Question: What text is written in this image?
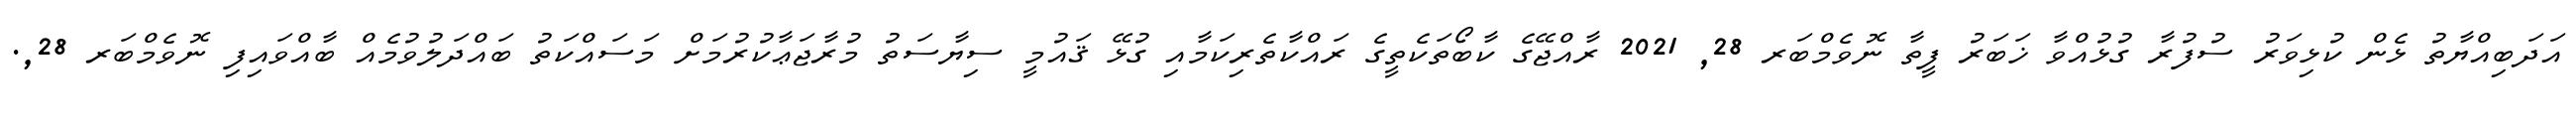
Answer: އަދަބިއްޔާތު ޅެން ކުޅިވަރު ސުފުރާ ގުޅުއްވާ ޚަބަރު ފީތާ ނޮވެމްބަރ 28, 2021 ރާއްޖޭގެ ކާބޯތަކެތީގެ ރައްކާތެރިކަމާއި ގުޅޭ ޤައުމީ ސިޔާސަތު މުރާޖަޢާކުރުމަށް މަސައްކަތު ބައްދަލުވުމެއް ބާއްވައިފި ނޮވެމްބަރ 28,.